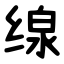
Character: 缐